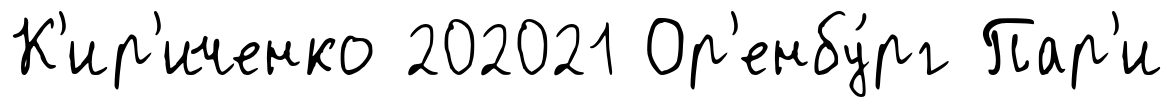
К'ир'иченко 202021 Ор'енбу́рг Пар'и